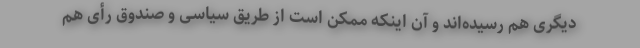
دیگری هم رسیده‌اند و آن اینکه ممکن است از طریق سیاسی و صندوق رأی هم